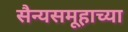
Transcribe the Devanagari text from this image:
सैन्यसमूहाच्या